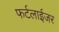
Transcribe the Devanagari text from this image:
फर्टलाईजर